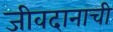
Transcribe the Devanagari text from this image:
जीवदानाची